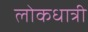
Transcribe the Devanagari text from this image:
लोकधात्री